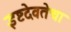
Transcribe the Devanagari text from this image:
इष्टदेवतेचा